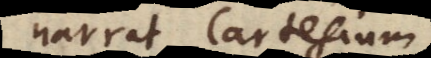
narrat, Cartesium